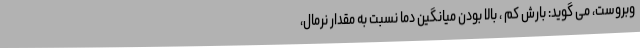
وبروست، می گوید: بارش کم ، بالا بودن میانگین دما نسبت به مقدار نرمال،